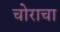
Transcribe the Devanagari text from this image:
चोराचा